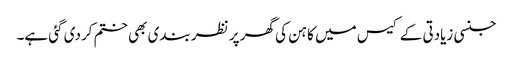
جنسی زیادتی کے کیس میں کاہن کی گھر پر نظر بندی بھی ختم کردی گئی ہے۔